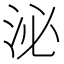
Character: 泌